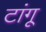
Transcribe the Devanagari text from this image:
टांगू